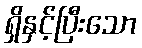
ရှိနှင့်ပြီးသော